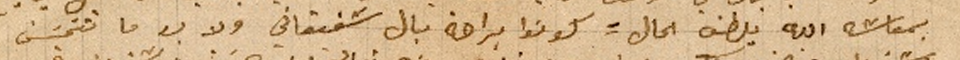
بمعاشه الله يلطف الحال = كونوا براحة البال شقيقاتي ولا بد ما تتحسَن